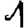
Digit: 1